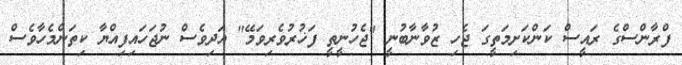
ފްރާންސްގެ ރައީސް ކަންކަށިމަތީގަ ޖެހި ޒުވާނާބުނީ "ޖެހުނީތީ ފަޚުރުވެރިވަމޭ" އަދިވެސް ނުޖަހައިފިއްޔާ ކިތަންމެހާވެސް